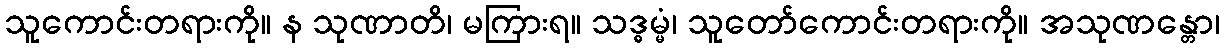
သူကောင်းတရားကို။ န သုဏာတိ၊ မကြားရ။ သဒ္ဓမ္မံ၊ သူတော်ကောင်းတရားကို။ အသုဏန္တော၊